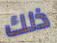
ذلك